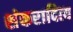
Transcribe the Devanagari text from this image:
शंकरादित्य